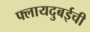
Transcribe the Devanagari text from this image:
फ्लायदुबईची